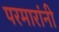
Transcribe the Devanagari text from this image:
परमारांनी